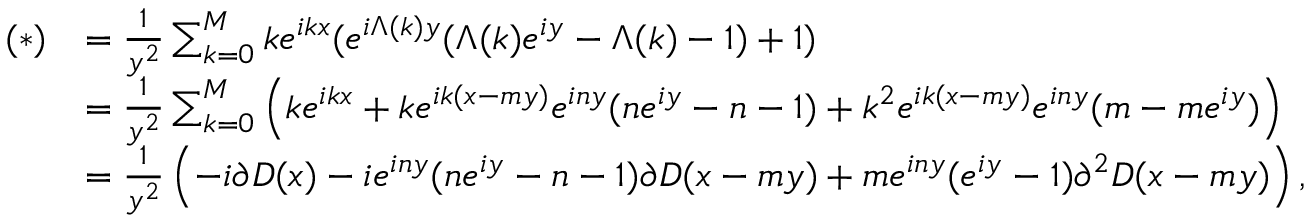
\begin{array} { r l } { ( * ) } & { = \frac { 1 } { y ^ { 2 } } \sum _ { k = 0 } ^ { M } k e ^ { i k x } ( e ^ { i \Lambda ( k ) y } ( \Lambda ( k ) e ^ { i y } - \Lambda ( k ) - 1 ) + 1 ) } \\ & { = \frac { 1 } { y ^ { 2 } } \sum _ { k = 0 } ^ { M } \left( k e ^ { i k x } + k e ^ { i k ( x - m y ) } e ^ { i n y } ( n e ^ { i y } - n - 1 ) + k ^ { 2 } e ^ { i k ( x - m y ) } e ^ { i n y } ( m - m e ^ { i y } ) \right) } \\ & { = \frac { 1 } { y ^ { 2 } } \left( - i \partial D ( x ) - i e ^ { i n y } ( n e ^ { i y } - n - 1 ) \partial D ( x - m y ) + m e ^ { i n y } ( e ^ { i y } - 1 ) \partial ^ { 2 } D ( x - m y ) \right) , } \end{array}